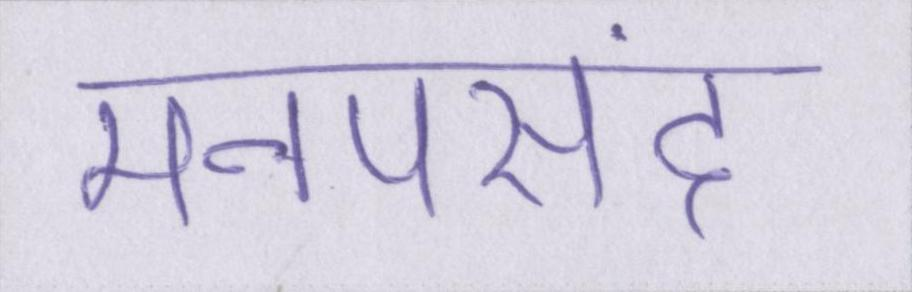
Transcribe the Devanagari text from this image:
मनपसंद